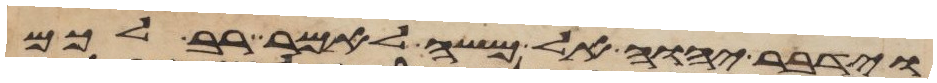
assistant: וידבר יהוה אל משה לאמר רב לכם